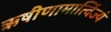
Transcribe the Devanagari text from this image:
ऋषीणामार्त्विज्यं